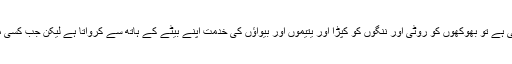
میں نے عرض کی جناب جب کسی رحیم بادشاہ نے اپنی رعّیت کے ساتھ محبے کرنی ہوتی ہے تو بھوکھوں کو روٹی اور ننگوں کو کپڑا اور یتیموں اور بیواؤں کی خدمت اپنے بیٹے کے ہاتھ سے کرواتا ہے لیکن جب کسی مجرم کو سزا دلوانی ہوتی یا پھانسی دلانا ہوتا ہے تو چوڑھے جلاو کے ہاتھ سے دلواتا ہے۔